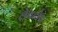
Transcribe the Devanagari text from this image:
लेपटोप